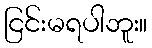
ငြင်းမရပါဘူး။